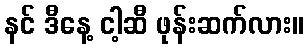
နင် ဒီနေ့ ငါ့ဆီ ဖုန်းဆက်လား။